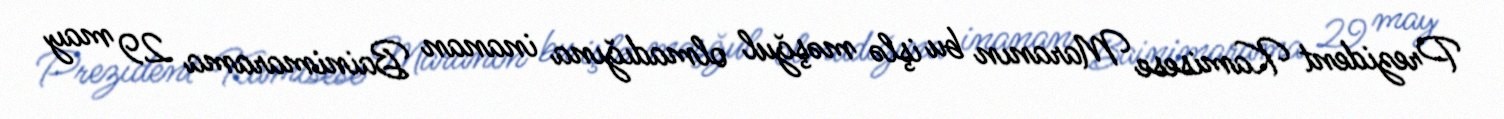
Prezident Kamisese Maranın bu işlə məşğul olmadığına inanan Bainimarama 29 may